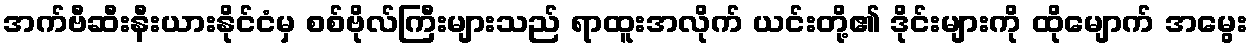
အက်ဗီဆီးနီးယားနိုင်ငံမှ စစ်ဗိုလ်ကြီးများသည် ရာထူးအလိုက် ယင်းတို့၏ ဒိုင်းများကို ထိုမျောက် အမွေး